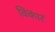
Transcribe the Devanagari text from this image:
विकारं